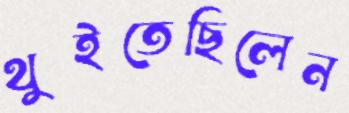
থুইতেছিলেন